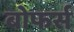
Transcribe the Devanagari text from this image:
बोफर्स